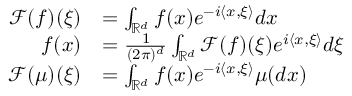
\begin{array} { r l } { \mathcal { F } ( f ) ( \xi ) } & { = \int _ { \mathbb { R } ^ { d } } f ( x ) e ^ { - i \langle x , \xi \rangle } d x } \\ { f ( x ) } & { = \frac { 1 } { ( 2 \pi ) ^ { d } } \int _ { \mathbb { R } ^ { d } } \mathcal { F } ( f ) ( \xi ) e ^ { i \langle x , \xi \rangle } d \xi } \\ { \mathcal { F } ( \mu ) ( \xi ) } & { = \int _ { \mathbb { R } ^ { d } } f ( x ) e ^ { - i \langle x , \xi \rangle } \mu ( d x ) } \end{array}